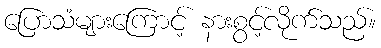
ပြောသံများကြောင့် နားစွင့်လိုက်သည်။